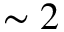
\sim 2